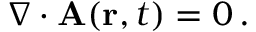
\nabla \cdot { \mathbf { A } } ( \mathbf { r } , t ) = 0 \, .